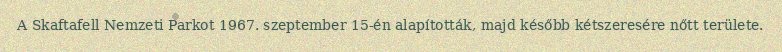
A Skaftafell Nemzeti Parkot 1967. szeptember 15-én alapították, majd később kétszeresére nőtt területe.